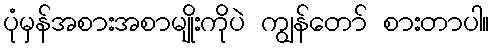
ပုံမှန်အစားအစာမျိုးကိုပဲ ကျွန်တော် စားတာပါ။